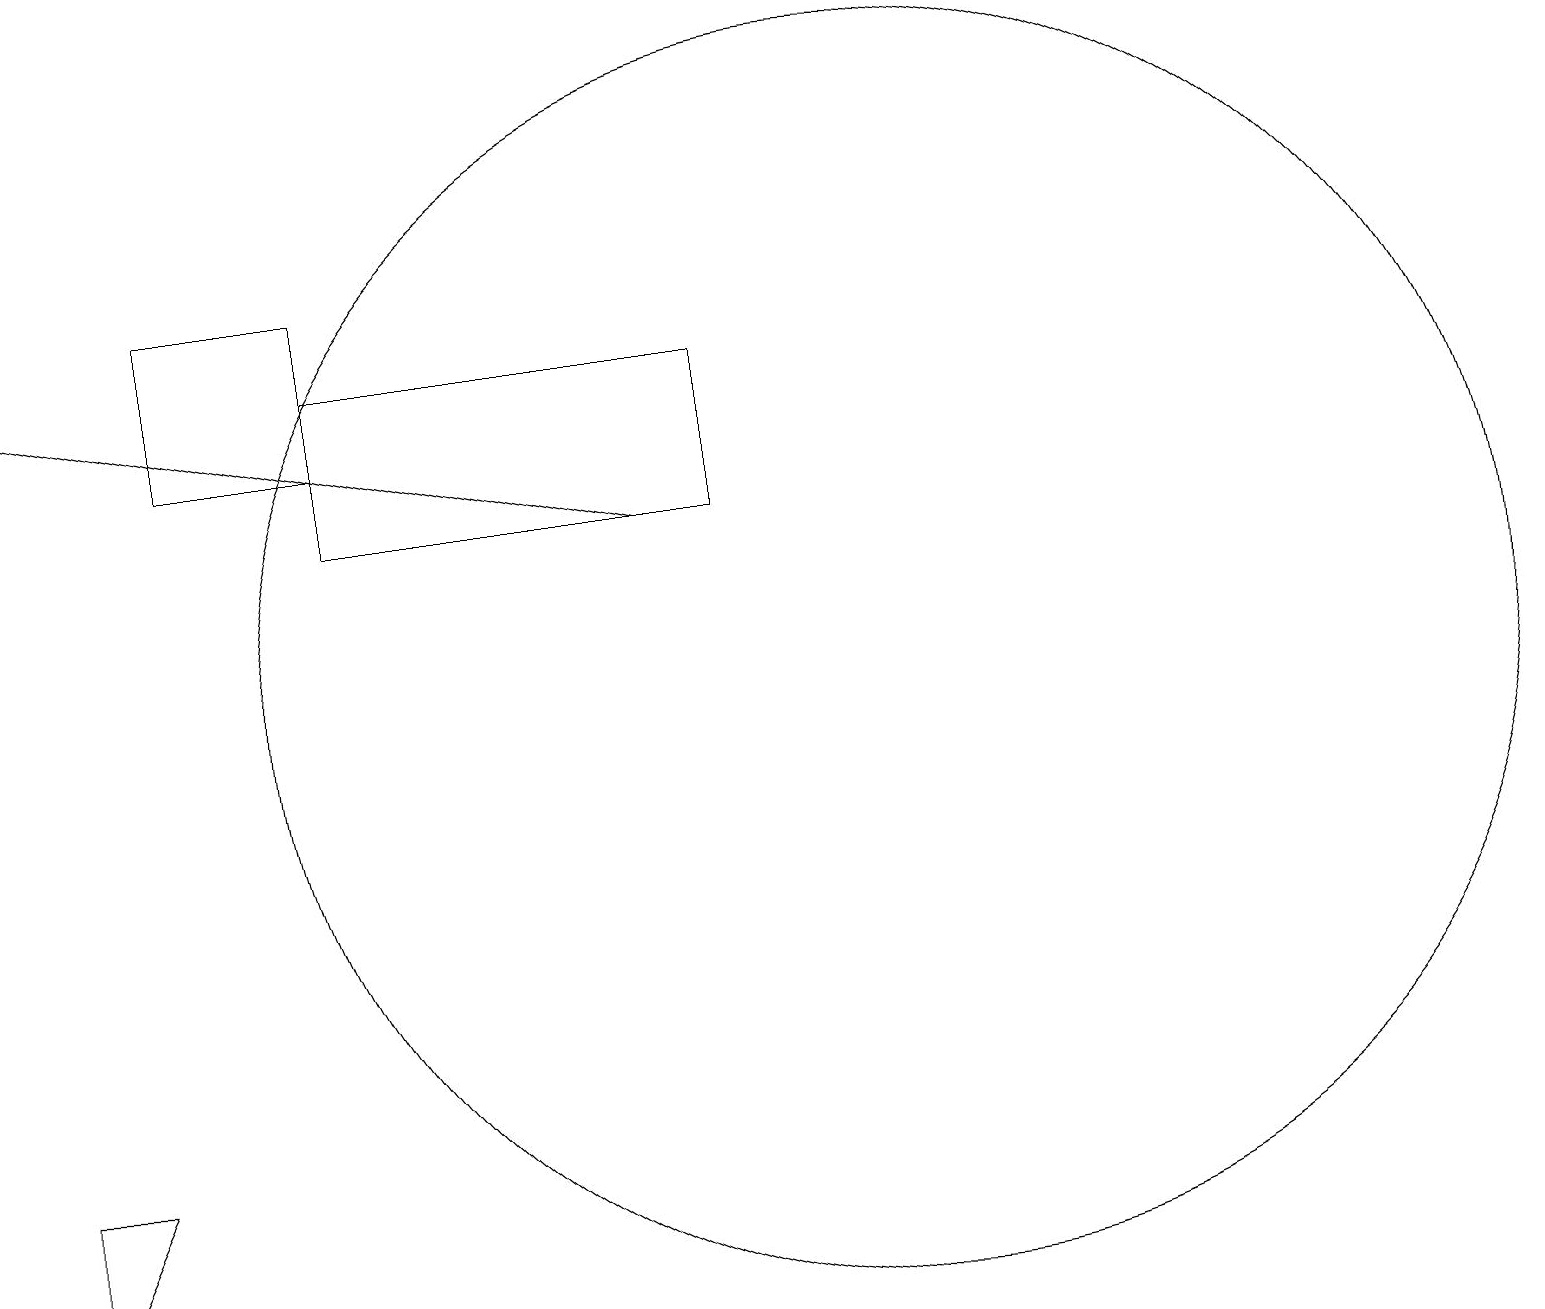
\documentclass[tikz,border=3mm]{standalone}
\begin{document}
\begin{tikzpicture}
\draw (9,14) rectangle (4,12);
\draw (4,13) rectangle (2,15);
\draw (1,4) -- (0,4) -- (0,2) -- cycle;
\draw (11,10) circle (8);
\draw[->] (8,12) -- (0,14);
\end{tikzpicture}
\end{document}